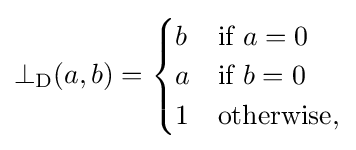
\bot _{\mathrm {D} }(a,b)={\begin{cases}b&{\mbox{if }}a=0\\a&{\mbox{if }}b=0\\1&{\mbox{otherwise,}}\end{cases}}